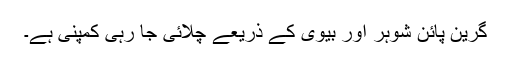
گرین پائن شوہر اور بیوی کے ذریعے چلائی جا رہی کمپنی ہے۔